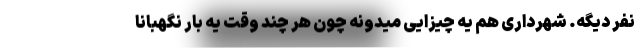
نفر دیگه. شهرداری هم یه چیزایی میدونه چون هر چند وقت یه بار نگهبانا